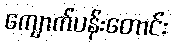
ကျောက်ပန်းတောင်း